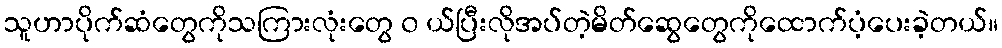
သူဟာပိုက်ဆံတွေကိုသကြားလုံးတွေ ၀ ယ်ပြီးလိုအပ်တဲ့မိတ်ဆွေတွေကိုထောက်ပံ့ပေးခဲ့တယ်။